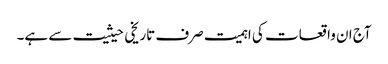
آج ان واقعات کی اہمیت صرف تاریخی حیثیت سے ہے۔